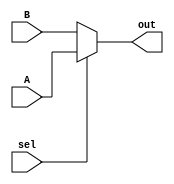
module MUX_1(input [4:0]A,input [4:0]B,input sel,output [4:0]out);
assign out=sel?A:B;
endmodule